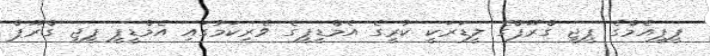
ޕީޕީއެމްގެ ޕީޖީ ގްރޫޕްގެ ލީޑަރަކީ ކުރީގެ އެމްޑީޕީގެ ވެރިކަމުގައި އެމްޑީޕީ ޕީޖީ ގްރޫޕް